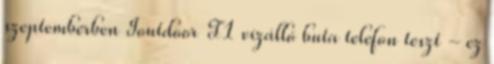
szeptemberben Ioutdoor T1 vízálló buta telefon teszt - ez